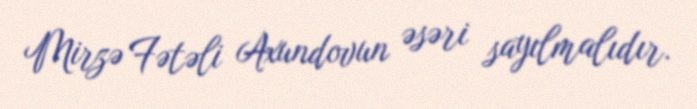
Mirzə Fətəli Axundovun əsəri sayılmalıdır.